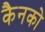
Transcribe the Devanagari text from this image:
कैनको